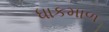
ધાકમાળ